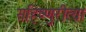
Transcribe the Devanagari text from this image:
सहिष्णुरीत्या